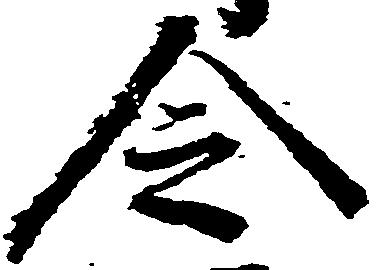
令